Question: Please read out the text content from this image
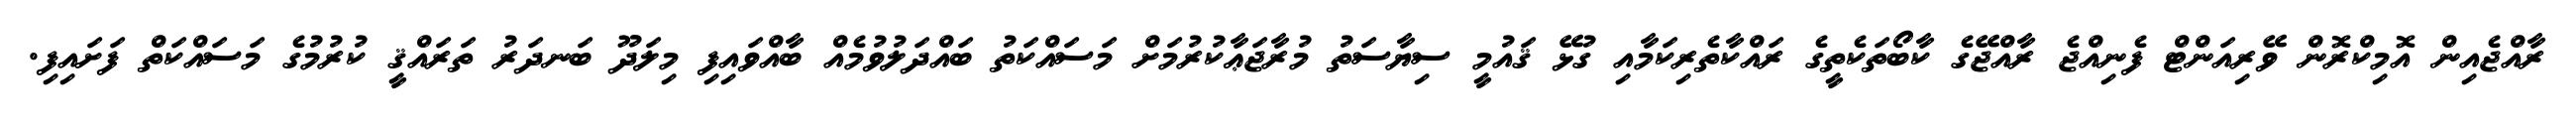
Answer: ރާއްޖެއިން އޮމިކްރޮން ވޭރިއަންޓް ފެނިއްޖެ ރާއްޖޭގެ ކާބޯތަކެތީގެ ރައްކާތެރިކަމާއި ގުޅޭ ޤައުމީ ސިޔާސަތު މުރާޖަޢާކުރުމަށް މަސައްކަތު ބައްދަލުވުމެއް ބާއްވައިފި މިލަދޫ ބަނދަރު ތަރައްޤީ ކުރުމުގެ މަސައްކަތް ފަށައިފި.